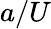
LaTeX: a/U